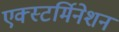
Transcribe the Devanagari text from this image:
एक्स्टर्मिनेशन